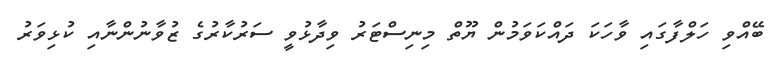
ބޭއްވި ހަލްފާގައި ވާހަކަ ދައްކަވަމުން ޔޫތް މިނިސްޓަރު ވިދާޅުވީ ސަރުކާރުގެ ޒުވާނުންނާއި ކުޅިވަރު